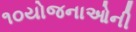
૧૦યોજનાઓની